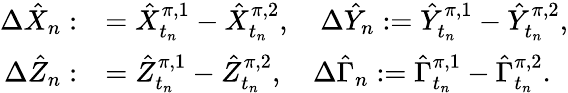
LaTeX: \begin{array}{r}{\begin{array}{rl}{\Delta\hat{X}_{n}:}&{=\hat{X}_{t_{n}}^{\pi,1}-\hat{X}_{t_{n}}^{\pi,2},\quad\Delta\hat{Y}_{n}:=\hat{Y}_{t_{n}}^{\pi,1}-\hat{Y}_{t_{n}}^{\pi,2},}\\ {\Delta\hat{Z}_{n}:}&{=\hat{Z}_{t_{n}}^{\pi,1}-\hat{Z}_{t_{n}}^{\pi,2},\quad\Delta\hat{\Gamma}_{n}:=\hat{\Gamma}_{t_{n}}^{\pi,1}-\hat{\Gamma}_{t_{n}}^{\pi,2}.}\end{array}}\end{array}